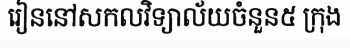
រៀននៅសកលវិទ្យាល័យចំនួន៥ ក្រុង